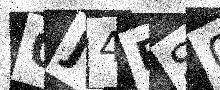
Text: 0J4ES0